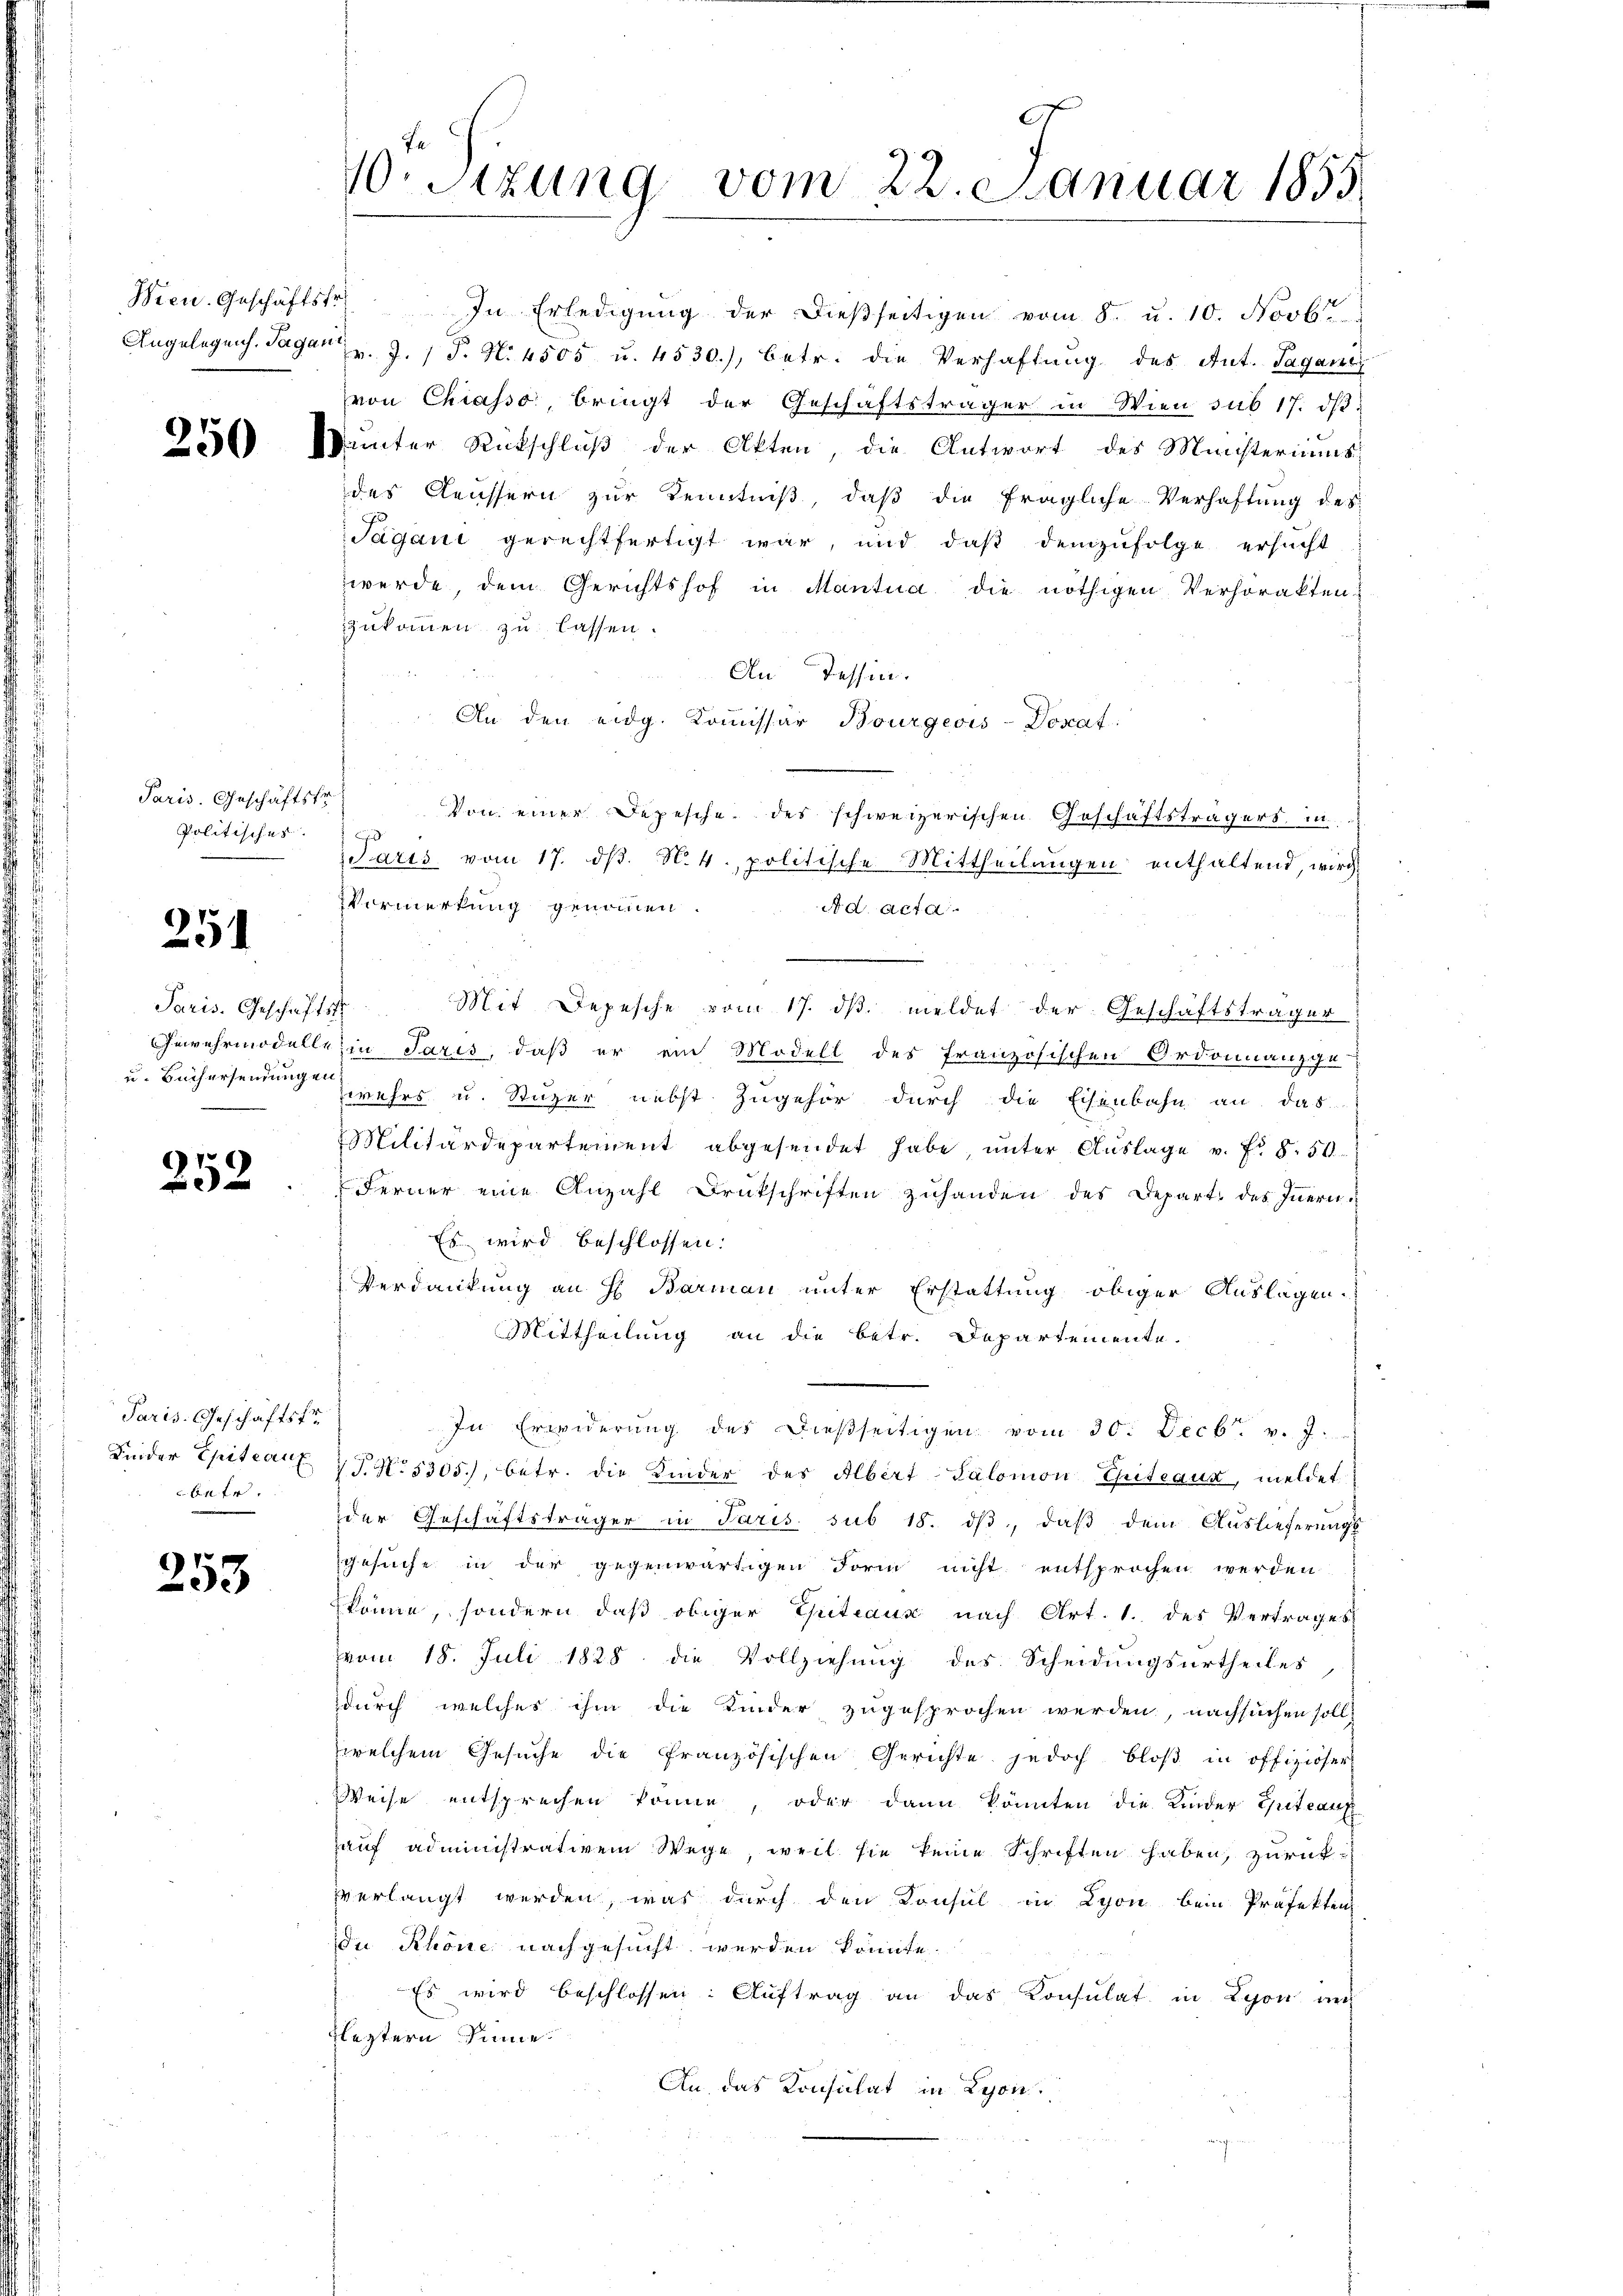
250

251

252

253

Paris. Geschäftskr
Politisches

Paris. Geschäftst
u. Büchersendungen

Paris. Geschäftsfr
betr.

0.Sizung vom 22. Januar 1855

Wien. Geschäftstr. In Erledigŭng der dieβseitigen vom 8. u. 10. Novbr.
Angelegen. Tagen d. J. P. N. 4505 u. 4530), betr. die Verhaftung des Ant. Sagani
von Chiasso, bringt der Geschäftsträger in Wien sub 17. dβ.
Wunter Rückschluß der Akten, die Antwort des Ministeriums
des Aeussern zur Kenntniß, daß die fragliche Verhaftung des
Tagani gerechtfertigt war, und daß demzufolge ersucht
werde, dem Gerichtshof in Mantua die nöthigen Verhörakten:
zukommen zu lassen.
An Tessin.
An den eidg. Kommissar Bourgeois-Dosaf
Von einer Depesche des schweizerischen Geschäftsträgers, in
Parts vom 17. dβ. N. 4. politische Mittheilungen enthaltend, wird
Vormerkung genommen.
Ad Acta
Mit Depesche vom 17. dβ. meldet der Geschäftsträger
Gewehrmodellein Paris, daß er ein Modell des Französischen Ordonnanzge-
zwehrs u. Stuzer nebst zugehör durch die Eisenbahn an das
Militärdepartement abgesendet habe, ŭnter Aŭslage v. fr. 8. 50
Ferner eine Anzahl Brütschriften zuhanden des Depart. des Innern.
Es wird beschlossen:
Verdankung an H. Barman unter Erstattung obiger Auslagen.
Mittheilung an die betr. Departemente.
In Erwiderung des dießseitigen vom 30. Decbr. v. J.
Finder Epiteart 15. No. 5305), betr. die Kinder des Albert-Salomon Chiteaux, meldet
der Geschäftsträger in Paris. sub 18. dβ, daß dem Auslieferungs
gesuche in der gegenwärtigen Form nicht entsprochen werden.
könne, sondern daß obiger Guteaux nach Art. 1. des Vertrages
vom 18. Juli 1828. die Vollziehung des Scheidungsurtheiles
durch welches ihm die Kinder zugesprochen werden, nachsuchen soll
welchem Gesŭche die französischen Gerichte jedoch bloβ in offiziöser
Weise entsprechen könne, oder dann könnten die Kinder Eheteauf
auf administrativem Wege, weil sie keine Schriften haben, zurück-
verlangt werden, was durch den Konsul in Lyon bein Präfekten
Du Rhone nachgesucht werden könnte.
Es wird beschlossen: Auftrag an das Konsulat in Lyon auf
Fleztern Sinne.
An das Konsulat in Lyon.